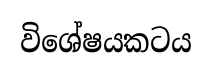
විශේෂයකටය